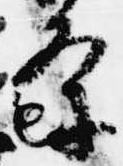
条